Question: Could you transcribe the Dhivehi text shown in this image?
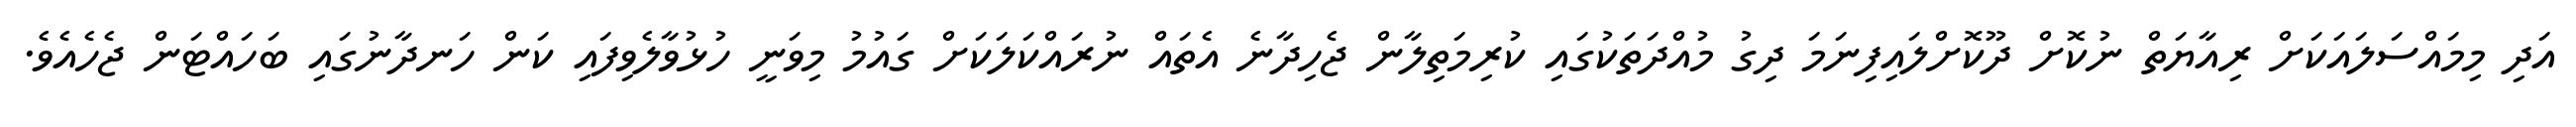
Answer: އަދި މިމައްސަލައަކަށް ރިއާޔަތް ނުކޮށް ދޫކޮށްލައިފިނަމަ ދިގު މުއްދަތަކުގައި ކުރިމަތިލާން ޖެހިދާނެ އެތައް ނުރައްކަލަކަށް ގައުމު މިވަނީ ހުޅުވާލެވިފައި ކަން ހަނދާނުގައި ބަހައްޓަން ޖެހެއެވެ.